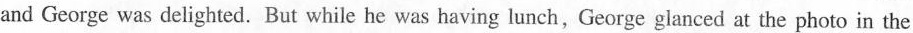
and George was delighted. But while he was having lunch, George glanced at the photo in the